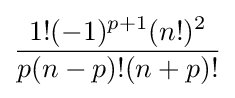
{\frac {1!(-1)^{p+1}(n!)^{2}}{p(n-p)!(n+p)!}}